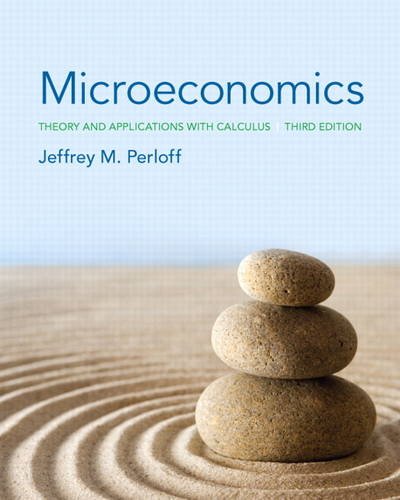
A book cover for Microeconomics: Theory and Applications with Calculus (3rd Edition) (Pearson Series in Economics); Jeffrey M. Perloff; Business & Money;